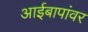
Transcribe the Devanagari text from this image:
आईबापांवर